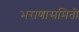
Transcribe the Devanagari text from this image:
भराणासमिती